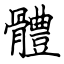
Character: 體